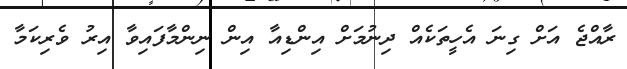
ރާއްޖެ އަށް ގިނަ އެހީތަކެއް ދިނުމަށް އިންޑިއާ އިން ނިންމާފައިވާ އިރު ވެރިކަމާ